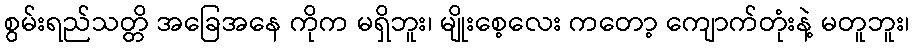
စွမ်းရည်သတ္တိ အခြေအနေ ကိုက မရှိဘူး၊ မျိုးစေ့လေး ကတော့ ကျောက်တုံးနဲ့ မတူဘူး၊